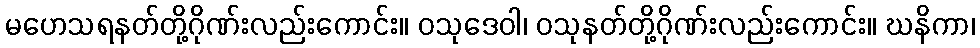
မဟေသရနတ်တို့ဂိုဏ်းလည်းကောင်း။ ဝသုဒေဝါ၊ ဝသုနတ်တို့ဂိုဏ်းလည်းကောင်း။ ဃနိကာ၊